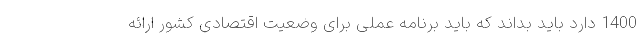
1400 دارد باید بداند که باید برنامه عملی برای وضعیت اقتصادی کشور ارائه